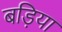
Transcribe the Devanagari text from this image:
बड़िया